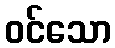
ဝင်သော